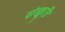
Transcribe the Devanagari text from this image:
संस्क्रूति